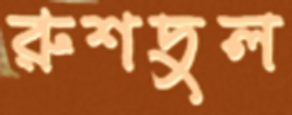
রুশদুল